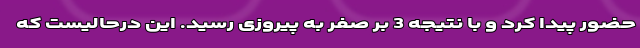
حضور پیدا کرد و با نتیجه 3 بر صفر به پیروزی رسید. این درحالیست که